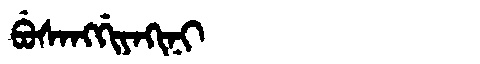
Manchu: ᠪᡠᠰᠠᠩᡤᡳᠶᠠᡴᡳᠨᡳ
Romanization: BUSANGGIYAKINI